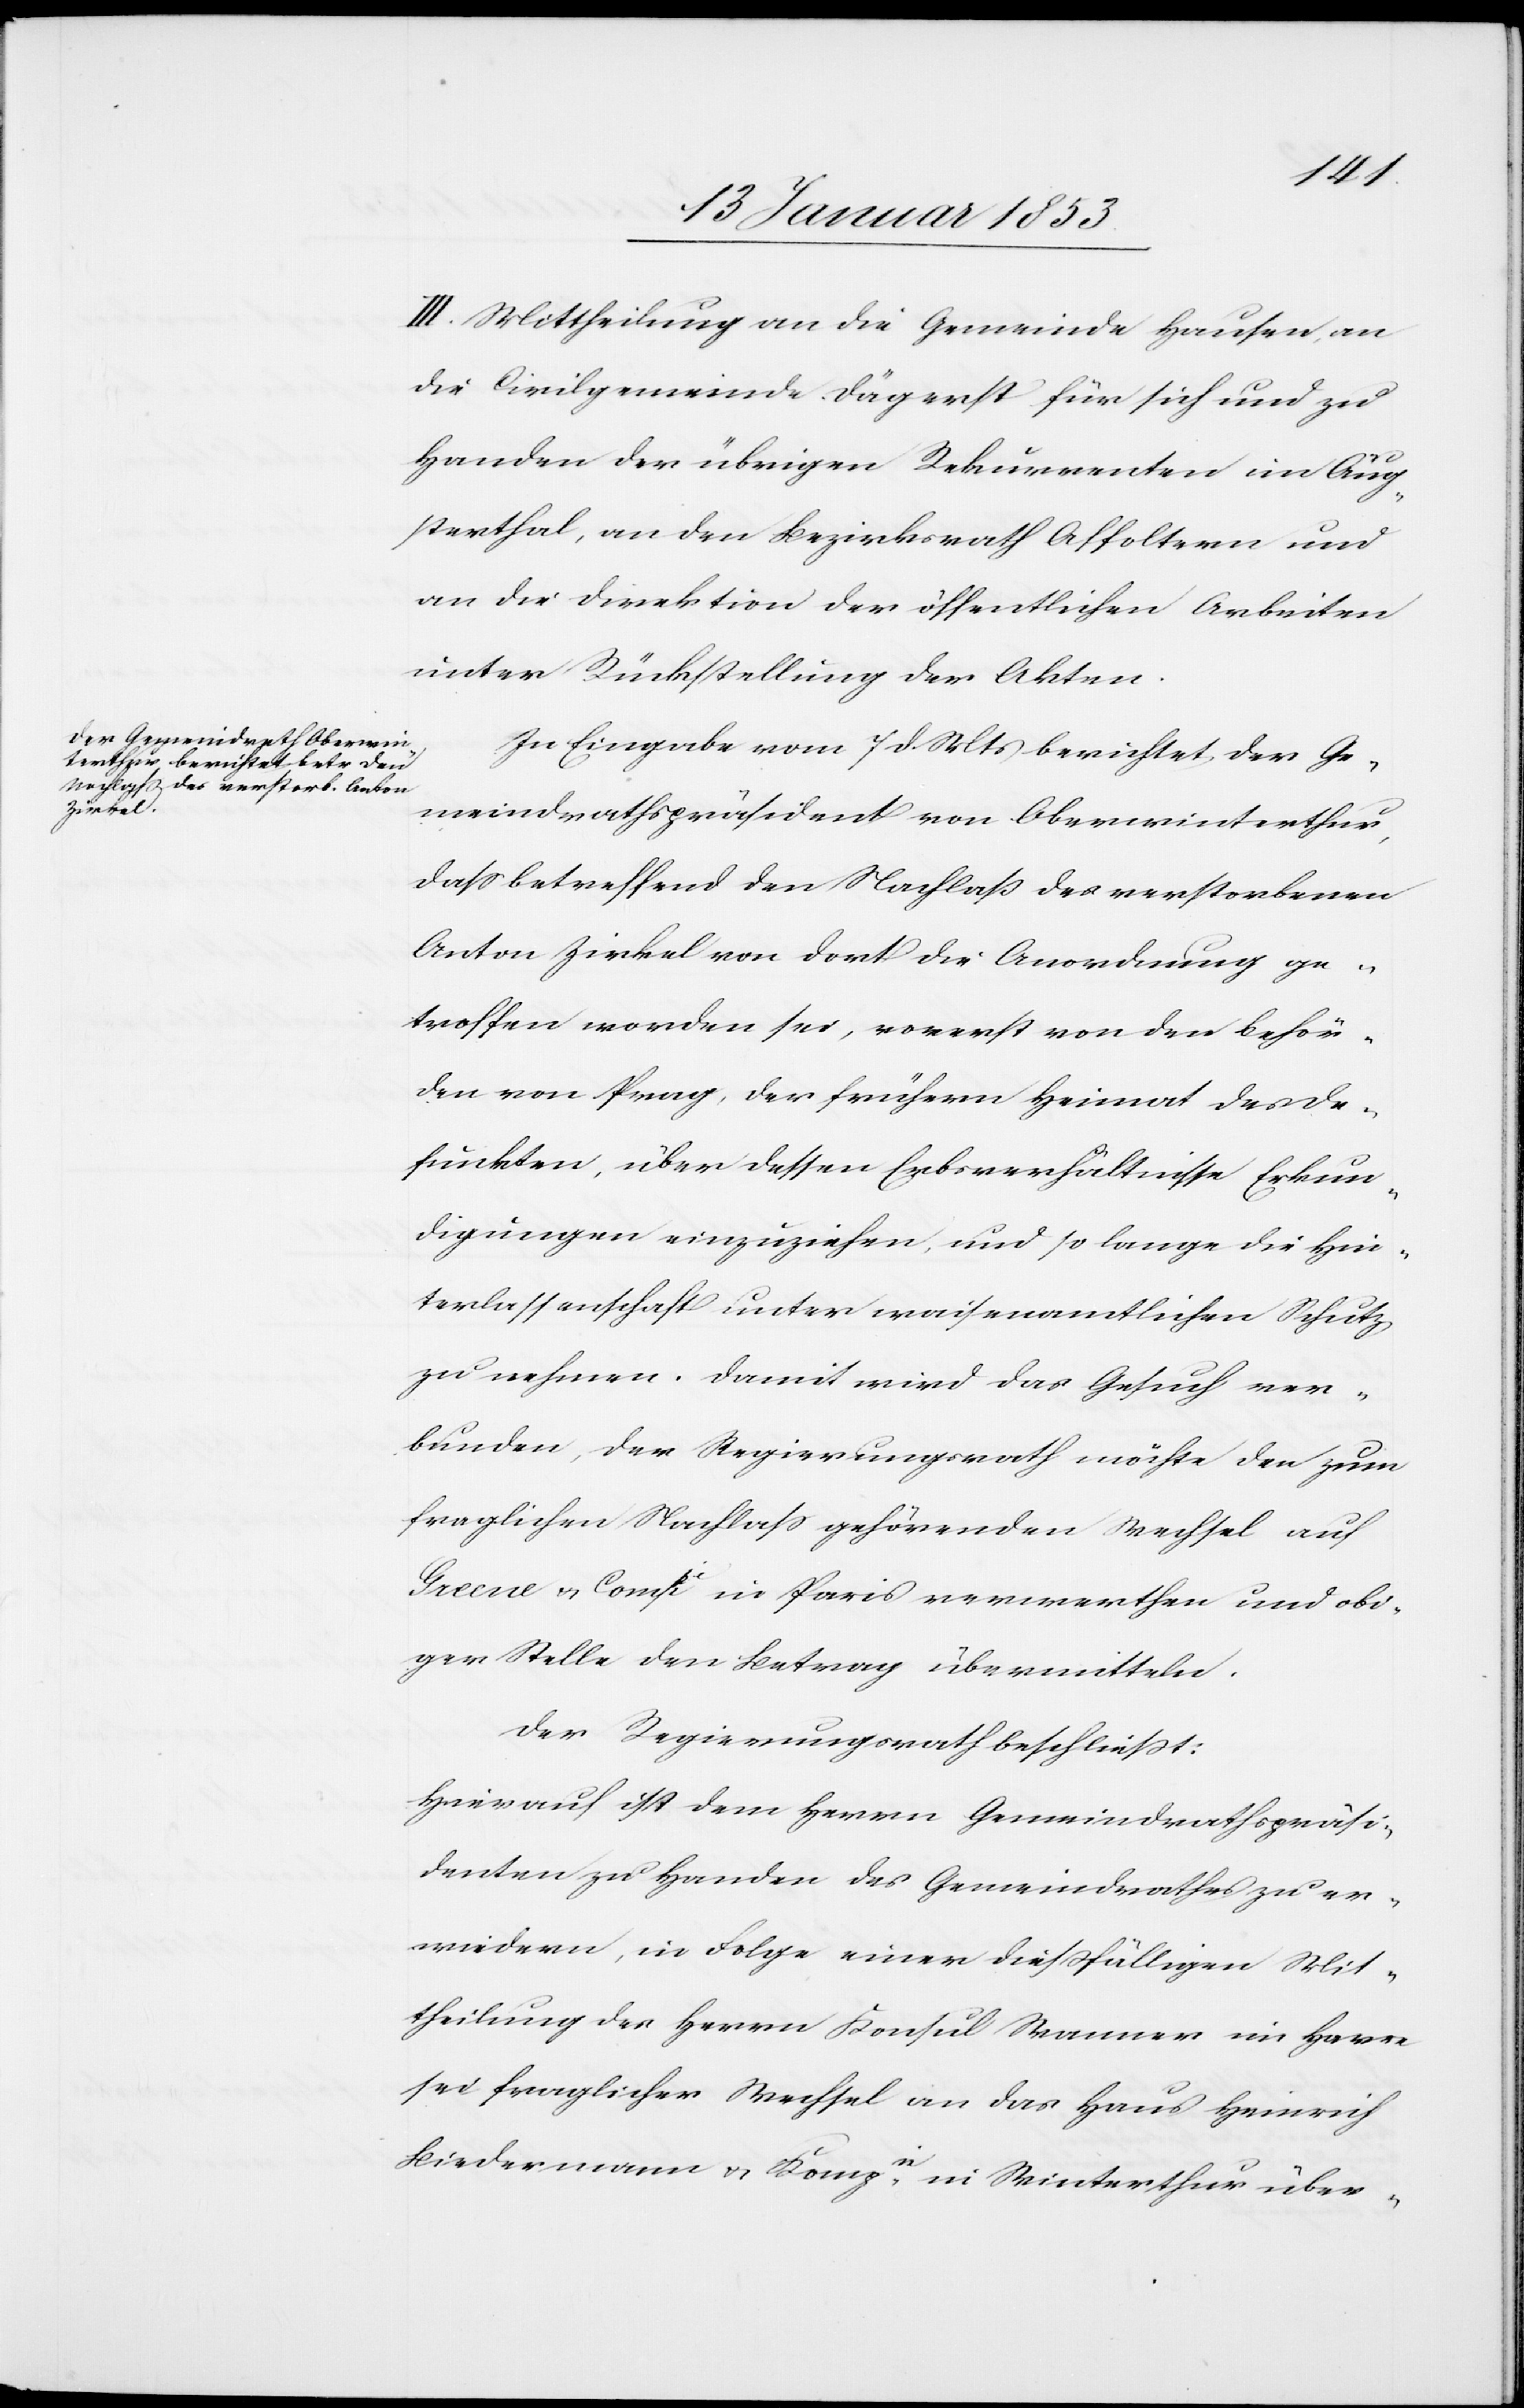
III. Mittheilung an die Gemeinde Hausen, an
die Civilgemeinde Tägerst für sich und zu
Handen der übrigen Rekurrenten im Äug¬
sterthal, an den Bezirksrath Affoltern und
an die Direktion der öffentlichen Arbeiten
unter Rückstellung der Akten.
In Eingabe vom 7 d. Mts. berichtet der Ge¬
meindrathspräsident von Oberwinterthur,
daß betreffend den Nachlaß des verstorbenen
Anton Zirkel von dort die Anordnung ge¬
troffen worden sei, vorerst von den Behör¬
den von Prag, der frühern Heimat des De¬
funckten, über dessen Erbsverhältnisse Erkun¬
digungen einzuziehen, und so lange die Hin¬
terlassenschaft unter waisenamtlichen Schutz
zu nehmen. Damit wird das Gesuch ver¬
bunden, der Regierungsrath möchte den zum
fraglichen Nachlaß gehörenden Wechsel auf
Greene u. Compi. in Paris verwerthen und obi¬
ger Stelle den Betrag übermitteln.
Der Regierungsrath beschließt:
Hierauf ist dem Herrn Gemeindrathspräsi¬
denten zu Handen des Gemeindrathes zu er¬
wiedern, in Folge einer dießfälligen Mit¬
theilung des Herrn Konsul Wanner im [sic!] Havre
sei fraglicher Wechsel an das Haus Heinrich
Biedermann v. Kompi in Winterthur über-